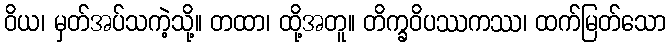
ဝိယ၊ မှတ်အပ်သကဲ့သို့။ တထာ၊ ထို့အတူ။ တိက္ခဝိပဿကဿ၊ ထက်မြတ်သော